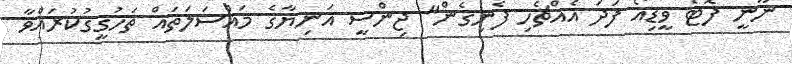
ނޫނީ ފޮޓޯ ވީޑިއޯ ފަދަ އެއްޗެހި ފެނިގެން" ޖިންސީ އަނިޔާގެ މައްސަލަތައް ތަހުގީގުކުރައްވާ